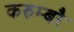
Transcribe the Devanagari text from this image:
करुम्बरै